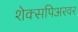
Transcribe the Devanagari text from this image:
शेक्सपिअरवर